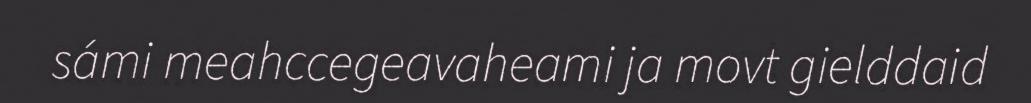
sámi meahccegeavaheami ja movt gielddaid